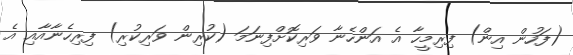
(ފަހުން އިން) ފިރިމީހާ އެ އަންހެނާ ވަރިކޮށްފިނަމަ (ކުރިން ވަރިކުރި) ފިރިހެނާއާއި އެ